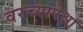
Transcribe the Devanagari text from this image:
वरच्यापेक्षा